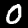
Digit: 0